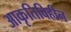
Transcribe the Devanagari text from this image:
आकृतिविहीन